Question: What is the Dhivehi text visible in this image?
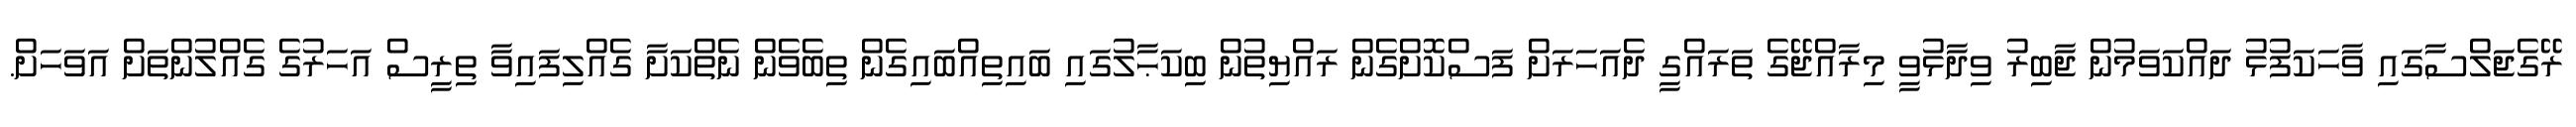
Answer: ރޭގެޖަލްސާގައި ވާހަކަފުޅު ދައްކަވަމުން ޖާބިރު ވިދާޅުވީ މިރާއްޖޭގެ ތަރައްގީ ދެއަހަރަށް ފަސްކޮށްގެން ރައްޔިތުން ބިކަޙާލުގައި ބައިތިއްބައިގެން ތިބެވެން ނެތްކަށާ ގެއްލިފައިވާ ތިރީސް އަހަރުގެ ގެއްލުންތަށް އަވަހަށް.